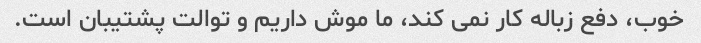
خوب، دفع زباله کار نمی کند، ما موش داریم و توالت پشتیبان است.